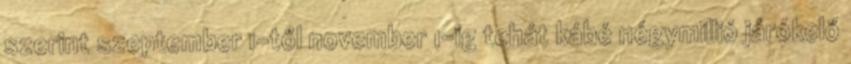
szerint szeptember 1-től november 1-ig tehát kábé négymillió járókelő